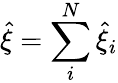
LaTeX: \hat{\xi}=\sum_{i}^{N}\hat{\xi}_{i}